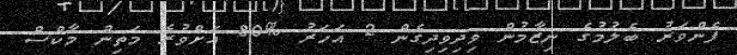
ފެންވަރު ބެލުމުގެ ނިޒާމުން ވިދިވިދިގެން 2 އަހަރު %80 އަށްވުރެ މަތިން މާކްސް